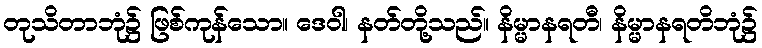
တုသိတာဘုံ၌ ဖြစ်ကုန်သော။ ဒေဝါ၊ နတ်တို့သည်။ နိမ္မာနရတီ၊ နိမ္မာနရတိဘုံ၌